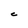
Character: C